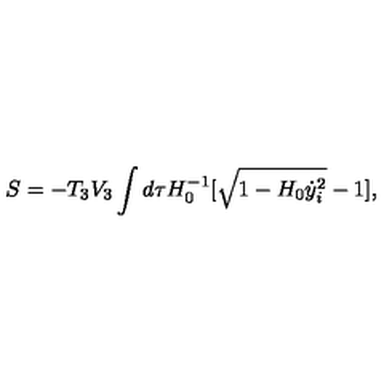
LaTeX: S = - T _ { 3 } V _ { 3 } \int d \tau H _ { 0 } ^ { - 1 } [ \sqrt { 1 - H _ { 0 } \dot { y } _ { i } ^ { 2 } } - 1 ] ,